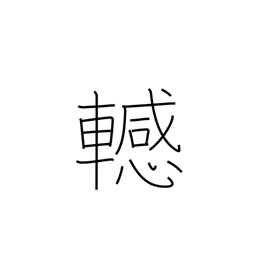
Meaning: difficulty